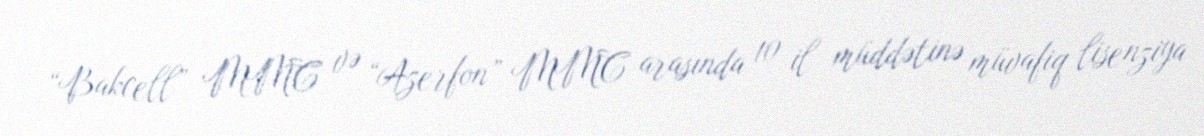
“Bakcell” MMC və “Azerfon” MMC arasında 10 il müddətinə müvafiq lisenziya